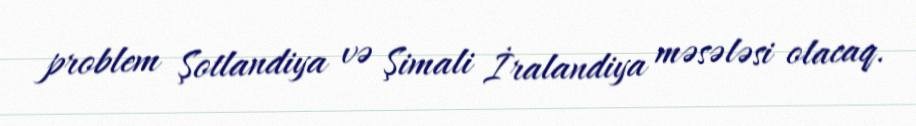
problem Şotlandiya və Şimali İralandiya məsələsi olacaq.